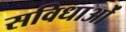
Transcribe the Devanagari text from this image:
सविधाओं